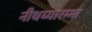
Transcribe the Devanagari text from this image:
नीथय्यारम्मा